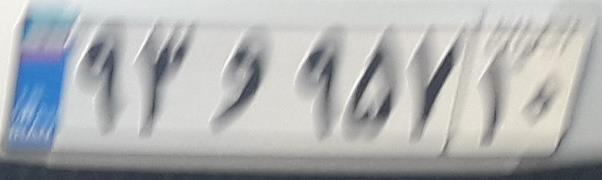
۹۳و۹۵۷۱۰